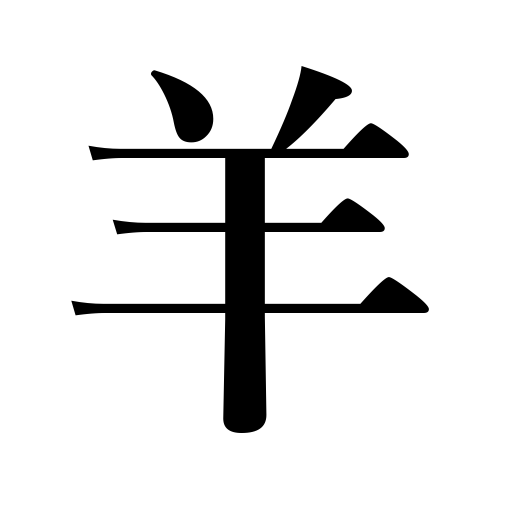
Meanings: sheep